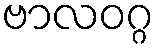
ဗာလဝဂ္ဂ